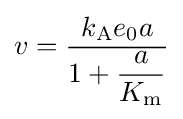
v={\dfrac {k_{\mathrm {A} }e_{0}a}{1+{\dfrac {a}{K_{\mathrm {m} }}}}}